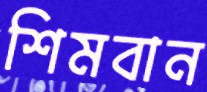
শিমবান